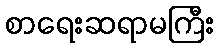
စာရေးဆရာမကြီး